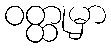
ဝတ္ထုမှာ